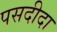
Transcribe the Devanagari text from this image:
पसदीदा